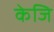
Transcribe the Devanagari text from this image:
केजि